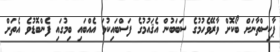
ޕާކިސްތާނަށް ބޯކޮށް ވާރޭވެހުމުގެ ސަބަބުން އެޤައުމުގެ ފަސްބައިކުޅަ އެއްބައި ބިމުގައި ފެންބޮޑުވެ އެތަށް